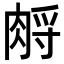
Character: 𦛷